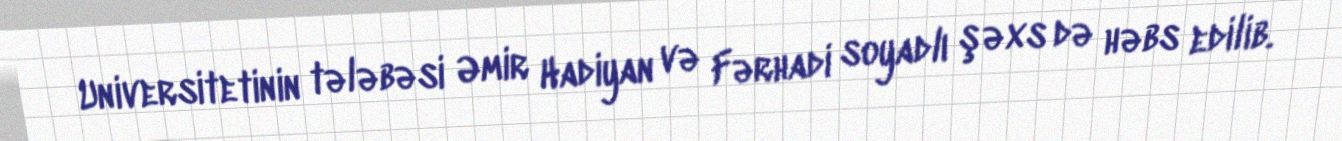
Universitetinin tələbəsi Əmir Hadiyan və Fərhadi soyadlı şəxs də həbs edilib.